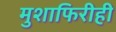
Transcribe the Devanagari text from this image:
मुशाफिरीही